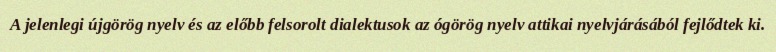
A jelenlegi újgörög nyelv és az előbb felsorolt dialektusok az ógörög nyelv attikai nyelvjárásából fejlődtek ki.